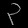
Digit: ၃